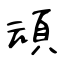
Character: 頑